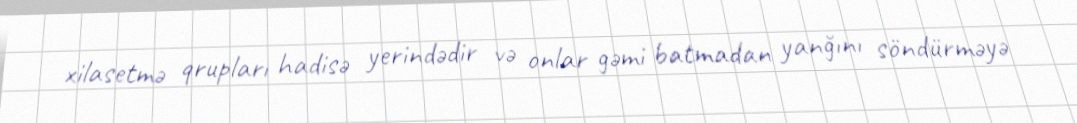
xilasetmə qrupları hadisə yerindədir və onlar gəmi batmadan yanğını söndürməyə